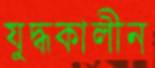
যুদ্ধকালীন